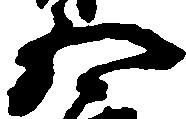
五